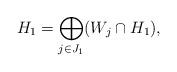
LaTeX: \begin{align*}H_1=\bigoplus_{j\in J_1}(W_j\cap H_1),\end{align*}